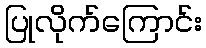
ပြုလိုက်ကြောင်း